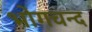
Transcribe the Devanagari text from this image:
भोगचन्द